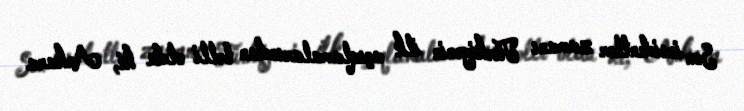
Son insidentlər zamanı Türkiyənin ilk açıqlamalarından bəlli oldu ki, Ankara